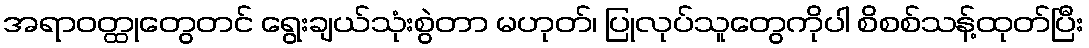
အရာဝတ္ထုတွေတင် ရွေးချယ်သုံးစွဲတာ မဟုတ်၊ ပြုလုပ်သူတွေကိုပါ စိစစ်သန့်ထုတ်ပြီး